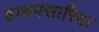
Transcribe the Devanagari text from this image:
हाथपसारिया